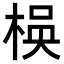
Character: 𬃃